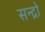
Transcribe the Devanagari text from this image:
सन्द्रो